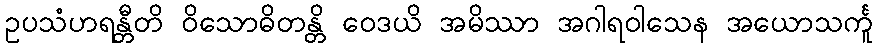
ဥပသံဟရန္တီတိ ဝိသောဓိတန္တိ ဝေဒယိ အမိဿာ အဂါရဝါသေန အယောသင်္ကူ